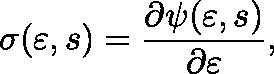
\mathbf { \sigma } ( \mathbf { \varepsilon } , s ) = \frac { \partial \psi ( \mathbf { \varepsilon } , s ) } { \partial \mathbf { \varepsilon } } ,